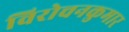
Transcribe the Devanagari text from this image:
विरोचनकुमार